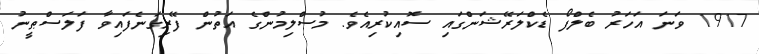
1917 ވަނަ އަހަރު ބެލްފޯ ޑެކްލަރޭޝަންގައި ސޮއިކުރިއެވެ. މުސްލިމުންގެ އަތުން ފޭރިގަނެފައިވާ ފަލަސްޠީނު